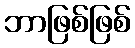
ဘာဖြစ်ဖြစ်